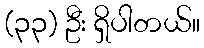
(၃၃) ဦး ရှိပါတယ်။